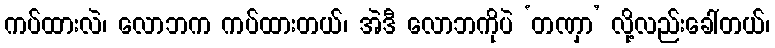
ကပ်ထားလဲ၊ လောဘက ကပ်ထားတယ်၊ အဲဒီ လောဘကိုပဲ ‘တဏှာ’ လို့လည်းခေါ်တယ်၊